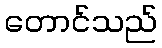
တောင်သည်